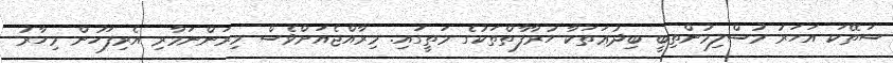
ސަތޭކަ އަހަރު މުސްލިމުންތިބީ ބިދުޢަތަކާ ހުރާފާތްތަކުގެ މަތީގައި. މިރާއްޖެއަށްވެސް މިރަންނަމާރި އެރިފަހުން މިހާރު